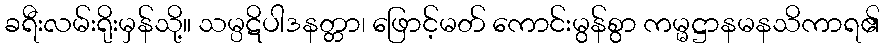
ခရီးလမ်းရိုးမှန်သို့။ သမ္ပဋိပါဒနတ္တာ၊ ဖြောင့်မတ် ကောင်းမွန်စွာ ကမ္မဋ္ဌာနမနသိကာရ၏